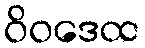
ဝိဝဒေထ